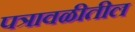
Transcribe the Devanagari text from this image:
पत्रावळीतील